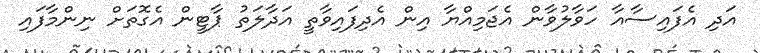
އަދި އެފައިސާއާ ހަވާލުވާން އެޖަމިއްޔާ އިން އެދިފައިވާތީ އަދާލަތު ޕާޓީން އެގޮތަށް ނިންމާފައި